Madras plague regulations and rules for the city of Madras
Disease focus: Plague
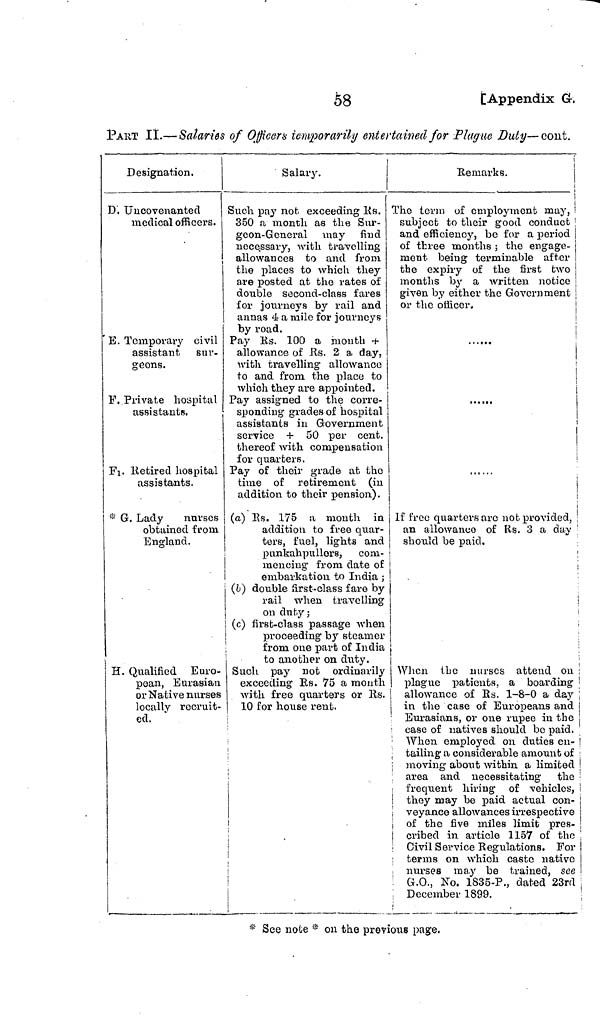
58
[Appendix G.
PART II.— Salaries of Officer & temporarily entertained for Plague Duly—cont.
Designation.
D. Uncovenanted
medical officers.
E. Temporary civil
assistant sur-
geons.
F. Private hospital
assistants.
*G. Retired hospital
assistants.
* G. Lady
nurses
obtained from
England.
H. Qualified Euro-
pean, Eurasian
or Native nurses
locally recruit-
ed.
Salary.
Such pay nob exceeding Rs.
350 a month as the Sur-
geon-General may find
necessary, with travelling
allowances to and from
the places to which they
are posted at the rates of
double second-class fares
for journeys by rail and
annas 4 a mile for journeys
by road.
Pay Rs. 100 a mouth +
allowance of Rs. 2 a day,
with travelling allowance
to and from the place to
which they are appointed.
Pay assigned to the corre-
sponding grades of hospital
assistants in Government
service + 50 per cent,
thereof with compensation
for quarters.
Pay of their grade at the
time of retirement (in
addition to their pension).
(a) Rs. 175 a mouth in
addition to free quar-
ters, fuel, lights and
punkahpullers, com-
mencing from date of
l
embarkation to India ;
(b) double first-class fare by
rail when travelling
on duty;
(c) first-class passage when
proceeding by steamer
|
from one part of India
to another on duty.
Such pay not ordinarily
exceeding Rs. 75 a month
with free quarters or Rs.
10 for house rent.
Remarks.
The term of employment may,
subject to their good conduct
and efficiency, be for a period
of three months ; the engage-
ment being terminable after
the expiry of the first two
months by a written notice
given by either the Government
or the officer.
i
If free quarters arc not provided,
an allowance of Rs. 3 a day
should be paid.
|
t
:
¡
;
When the nurses attend on
plague patients, a boarding
allowance of Rs. 1-8-0 a day
in the case of Europeans and
Eurasians, or one rupee in the
case of natives should be paid.
When employed on duties 011-
tailing a considerable amount of
moving about within a limited
area and necessitating the
frequent hiring of vehicles,
they may be paid actual con-
veyance allowances irrespective
of the five miles limit pres-
cribed in article 1157 of the
Civil Service Regulations. For
terms on which caste native
nurses ma.y be trained, see
G.O., No. 1835-P., dated 23rd
December 1899.
* See note * on the previous page.